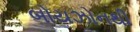
બોયઝોનથી